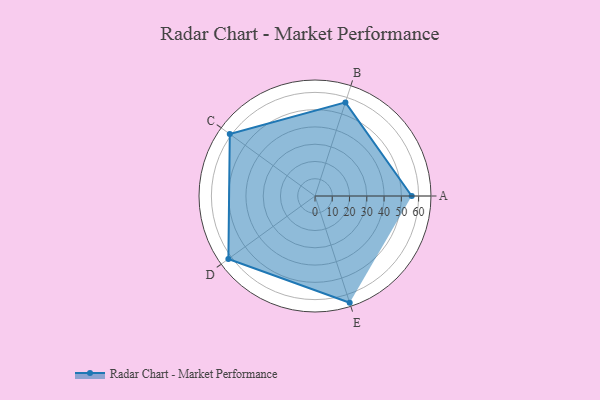
{"axis": {"x": "Skill", "y": "Score"}, "legend": ["Profile"], "data": [{"x": "A", "y": 56.0, "type": "Profile"}, {"x": "B", "y": 57.0, "type": "Profile"}, {"x": "C", "y": 61.0, "type": "Profile"}, {"x": "D", "y": 62.0, "type": "Profile"}, {"x": "E", "y": 65.0, "type": "Profile"}]}